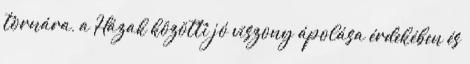
tornára, a Házak közötti jó viszony ápolása érdekében és